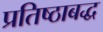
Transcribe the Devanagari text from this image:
प्रतिष्ठाबद्ध